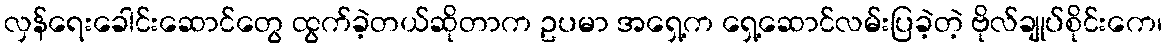
လှန်ရေးခေါင်းဆောင်တွေ ထွက်ခဲ့တယ်ဆိုတာက ဥပမာ အရှေ့က ရှေ့ဆောင်လမ်းပြခဲ့တဲ့ ဗိုလ်ချုပ်စိုင်းကေ၊